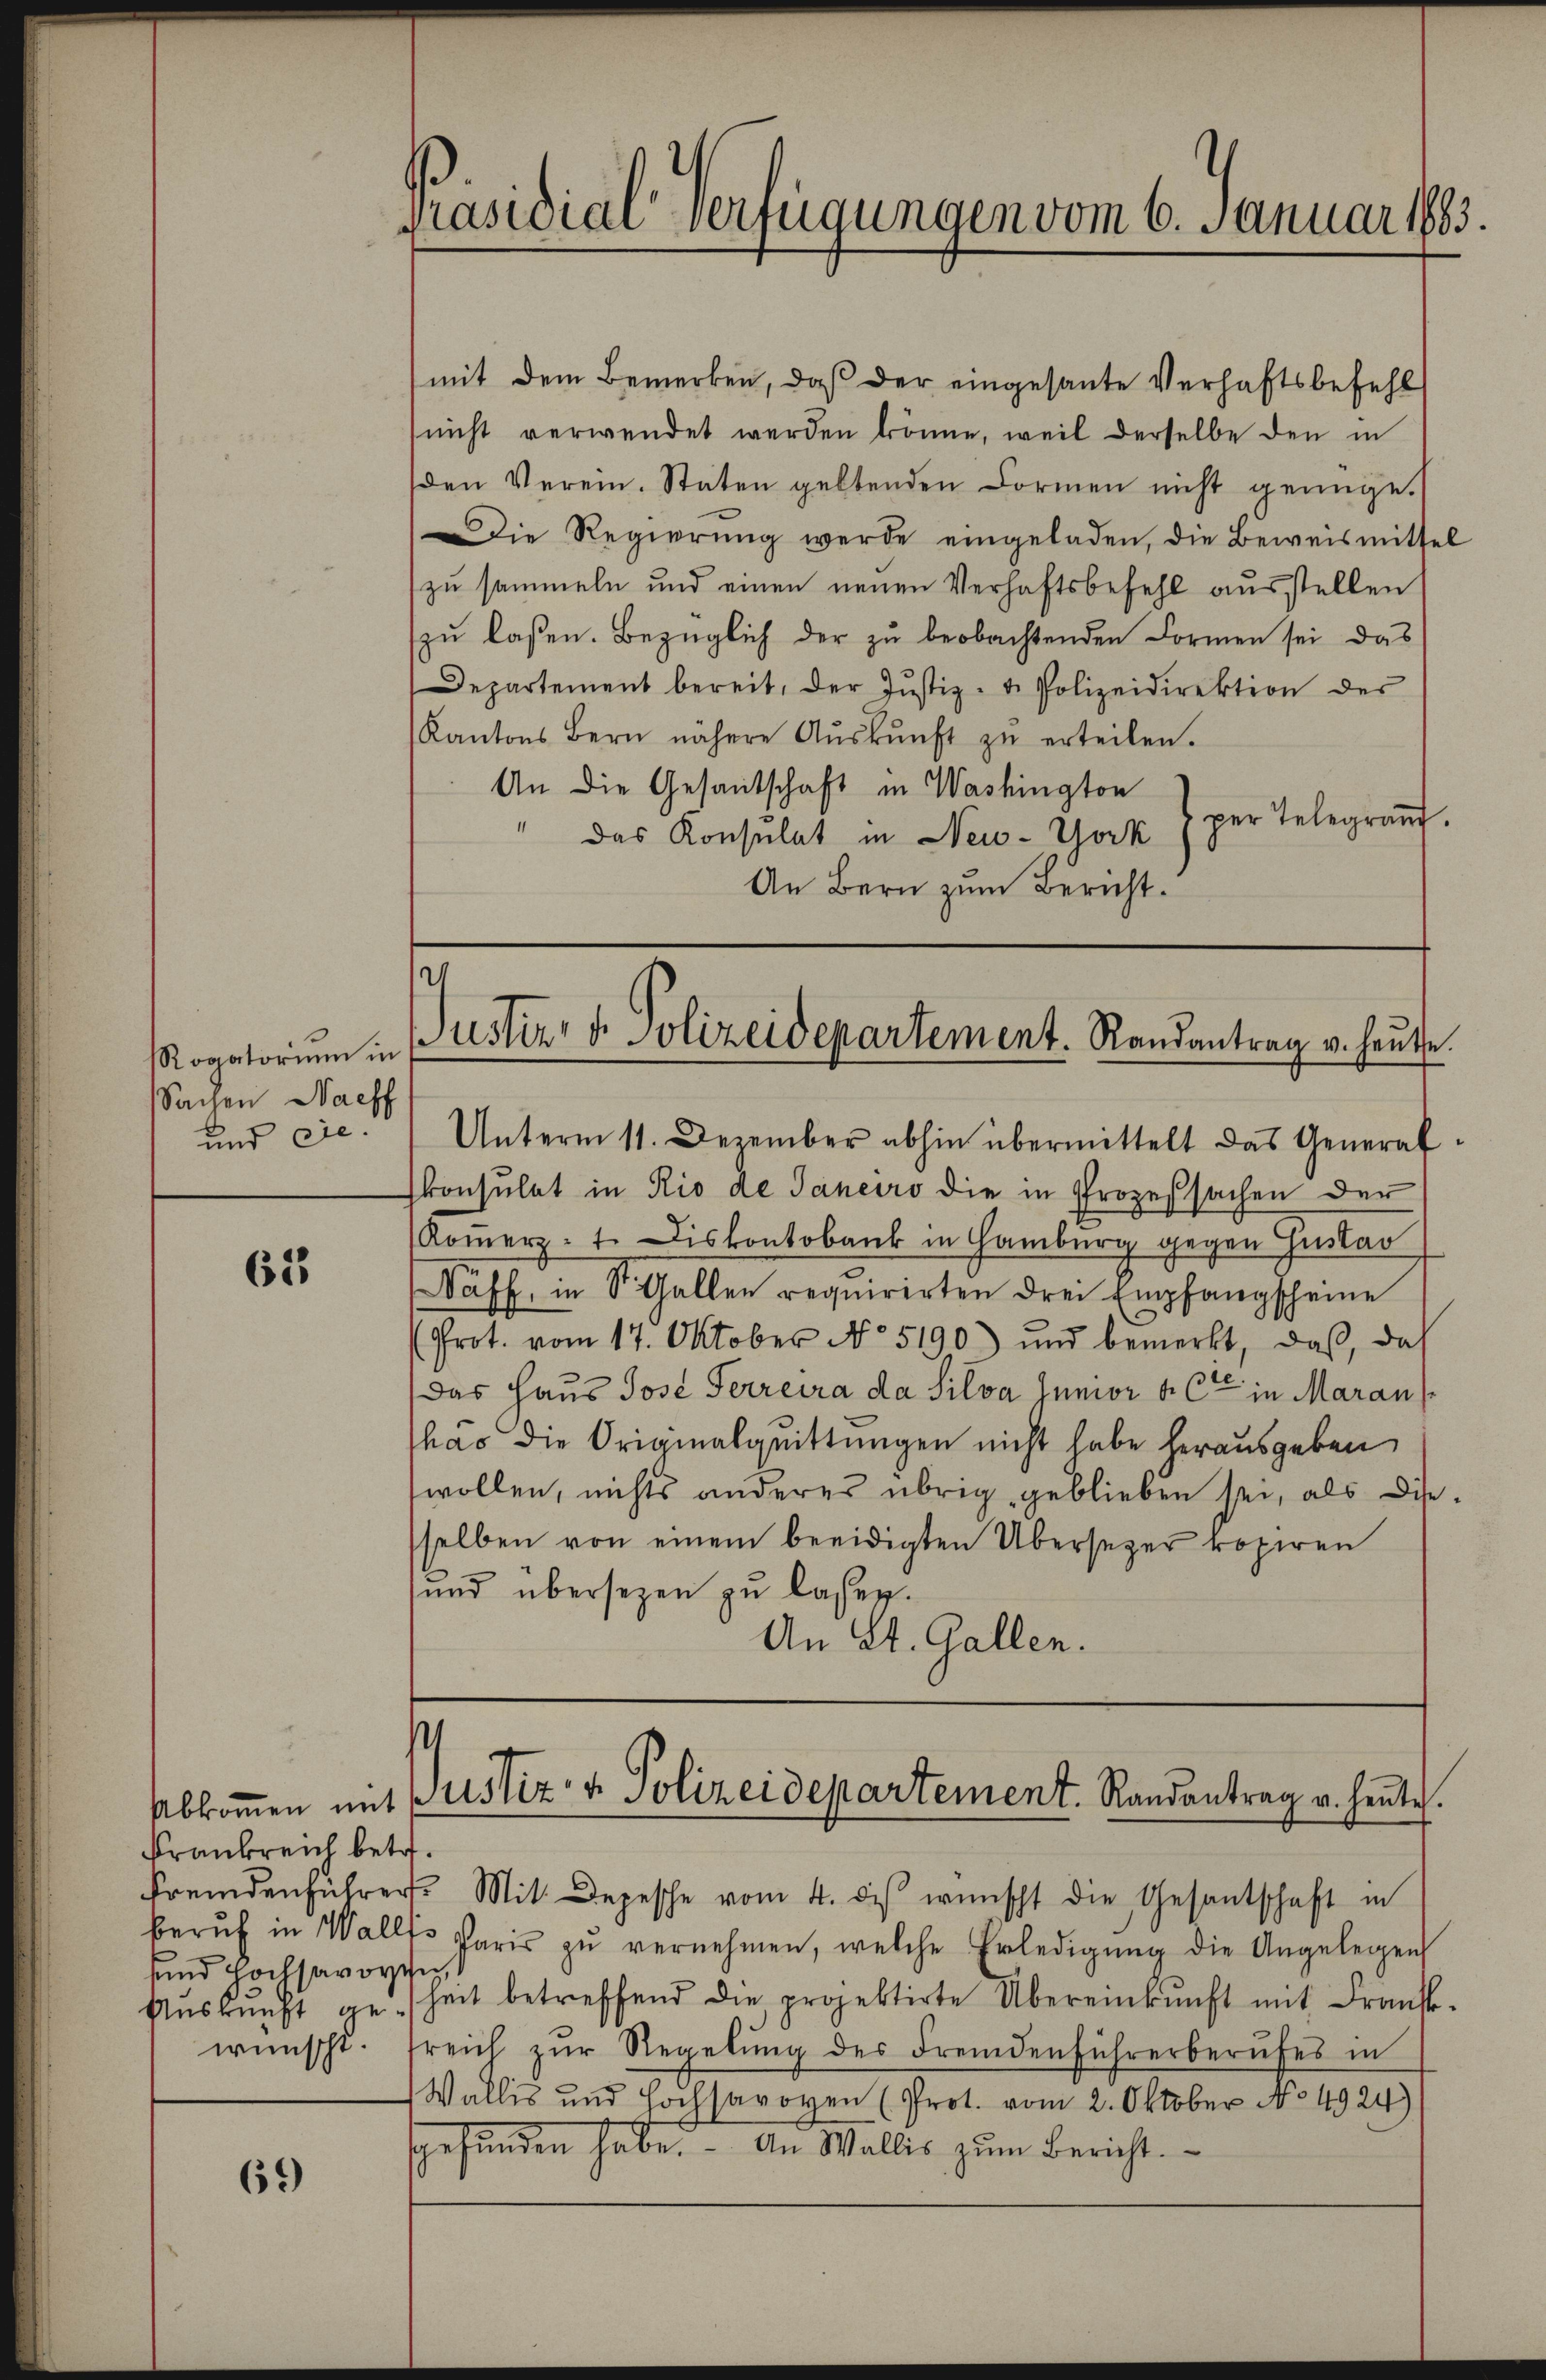
Rogatorium in
Sachen Nachf
und de

62

krankreich betr.
sund Hochsavoyen,

69

Präsidial-Verfügungen vom 6. Januar 1883.

(mit dem Bemerken, daß der eingesante Verhaftsbefehl
nicht verwendet werden könne, weil derselbe den in
den Verein. Staten geltenden Formen nicht genüge.
Die Regierung werde eingeladen, die Beweismittel
zu sammeln und einen neuen Verhaftsbefehl ausstellen
zŭ lassen. Bezüglich der zŭ beobachtenden Formen sei das
Departement bereit, der Justiz- & Polizeidirektion der
Kantons Bern nähere Aŭskŭnft zŭ erteilen.
An die Gesantschaft in Washington
per Telegrand.
" das Konsulat in New-York
An Bern zum Bericht.

2
Justiz- & Polizeidepartement. Randantrag v. heute.
Unterm 11. Dezember abhin übermittelt das Generaf¬

konsulat in Rio de Janeiro die in Prozessachen der
Koṁerzt. Diskontobank in Hamburg gegen Gustav
aff, in St. Gallen requirirten drei Empfangscheine
Prot. vom 17. Oktober No. 5190) und bemerkt, daß, das
Das Haus Jose Ferreira da Silva lunior alten in Aarau
has die Originalquittungen nicht habe herausgeben
wollen, nichts anderes übrig geblieben sei, als Dise-
sselben von einem beeidigten Übersezer kopiren
sund übersezen zu lassen.
An St. Gallen.

s
Abkommen mit Zustiz & Polizeidepartement. Randantrag u. heute.

fremdenführer Mit Depesche vom 4. des wünscht die Gesantschaft in
berŭf in Wallte Paris zŭ vernehmen, welche Erledigŭng die Angelegen
Aŭskŭnft geheit betreffend die projektirte Übereinkunft mit Frank-
wünscht. Freich zŭr Regelŭng des Fremdenführerberŭfes in
Wallis und Hochsavoyen (Prot. vom 2. Oktober No. 4924)
gefŭnden habe. An Wallis zŭm Bericht.